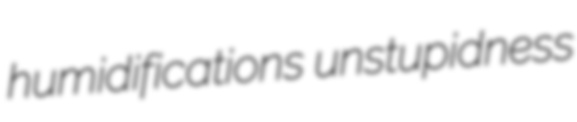
humidifications unstupidness